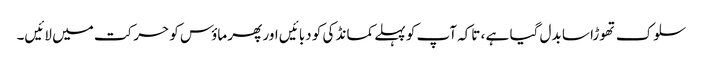
سلوک تھوڑا سا بدل گیا ہے ، تاکہ آپ کو پہلے کمانڈ کی کو دبائیں اور پھر ماؤس کو حرکت میں لائیں۔